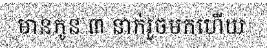
មានកូន ៣ នាក់រួចមកហើយ